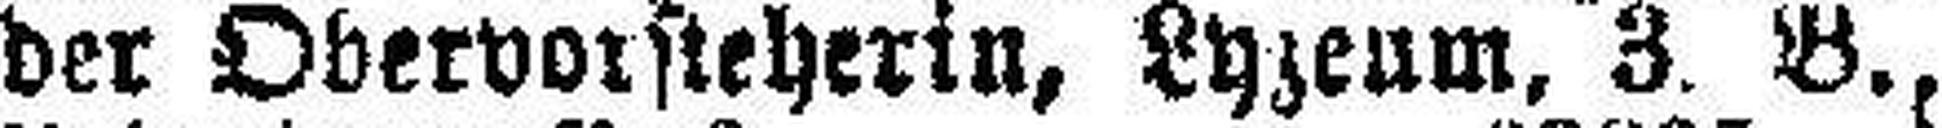
der Obervorsteherin, Lyzeum, 3. B.,